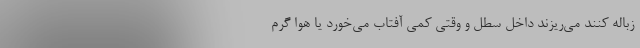
زباله کنند می‌ریزند داخل سطل و وقتی کمی آفتاب می‌خورد یا هوا گرم